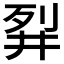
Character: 𬆓